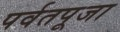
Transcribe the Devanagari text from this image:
पर्वतपूजा